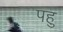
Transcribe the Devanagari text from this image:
पहु